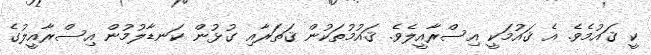
ކީ ޤައުމެވެ. އެ ޤައުމަކީ އިސްރާއީލެވެ. ޤައުމުތަކުން ޤަތަރާއި ގުޅުން ކަނޑާލުމުން އިސްރާއީލުގެ